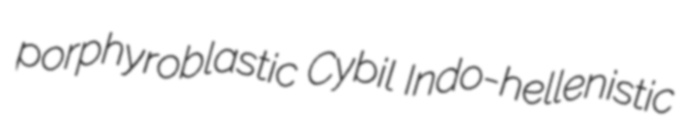
porphyroblastic Cybil Indo-hellenistic